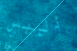
أليس